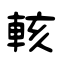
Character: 輆